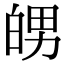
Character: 𤽲